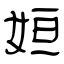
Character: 姮